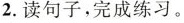
2.读句子，完成练习。